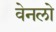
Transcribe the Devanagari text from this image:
वेनलो